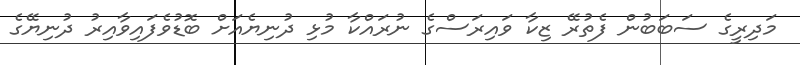
މަދިރީގެ ސަބަބުން ފެތުރޭ ޒިކާ ވައިރަސްގެ ނުރައްކާ މުޅި ދުނިޔެއަށް ބޮޑުވެފައިވާއިރު ދުނިޔޭގެ